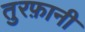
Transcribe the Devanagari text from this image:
तुरफ़ानी